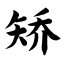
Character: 矫